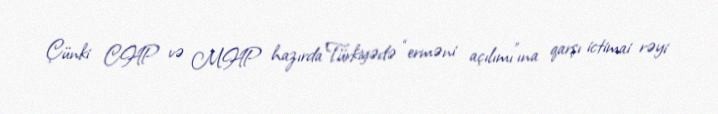
Çünki CHP və MHP hazırda Türkiyədə “erməni açılımı”ına qarşı ictimai rəyi